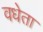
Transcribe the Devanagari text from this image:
वधेता